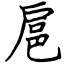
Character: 扈